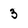
Character: 3